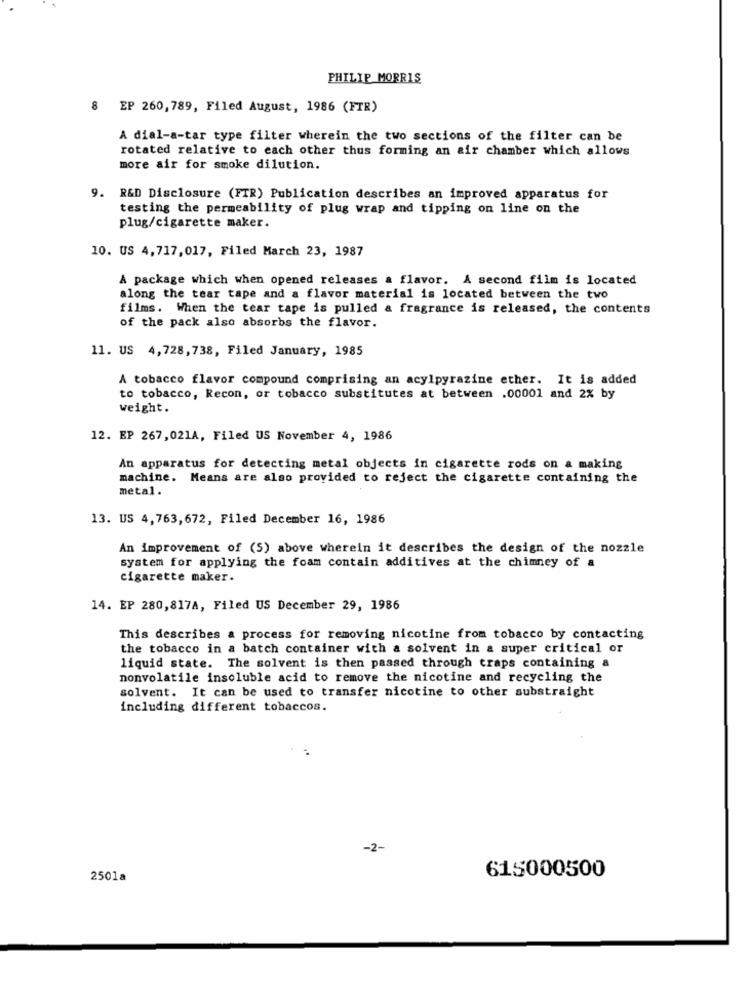
PHILIP MORRIS
8 EP 260,789, Filed August, 1986 (FTR)
A dial-a-tar type filter wherein the two sections of the filter can be
rotated relative to each other thus forming an air chamber which allows
more air for smoke dilution.
9. R&D Disclosure (FTR) Publication describes an improved apparatus for
testing the permeability of plug wrap and tipping on line on the
plug/cigarette maker.
10. US 4,717,017, Filed March 23, 1987
A package which when opened releases a flavor. A second film is located
along the tear tape and a flavor material is located between the two
films. When the tear tape is pulled & fragrance is released, the contents
of the pack also absorbs the flavor.
11. US 4,728,738, Filed January, 1985
A tobacco flavor compound comprising an acylpyrazine ether. It is added
to tobacco, Recon, or tobacco substitutes at between .00001 and 2% by
weight.
12. EP 267,021A, Filed US November 4, 1986
An apparatus for detecting metal objects in cigarette rods on a making
machine. Means are also provided to reject the cigarette containing the
metal.
13. US 4,763,672, Filed December 16, 1986
An improvement of (5) above wherein it describes the design of the nozzle
system for applying the foam contain additives at the chimney of a
cigarette maker.
14. EP 280,817A, Filed US December 29, 1986
This describes a process for removing nicotine from tobacco by contacting
the tobacco in a batch container with a solvent in a super critical or
liquid state. The solvent is then passed through traps containing a
nonvolatile insoluble acid to remove the nicotine and recycling the
solvent. It can be used to transfer nicotine to other substraight
including different tobaccos.
-2-
2501a
615000500